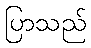
ပြာသည်